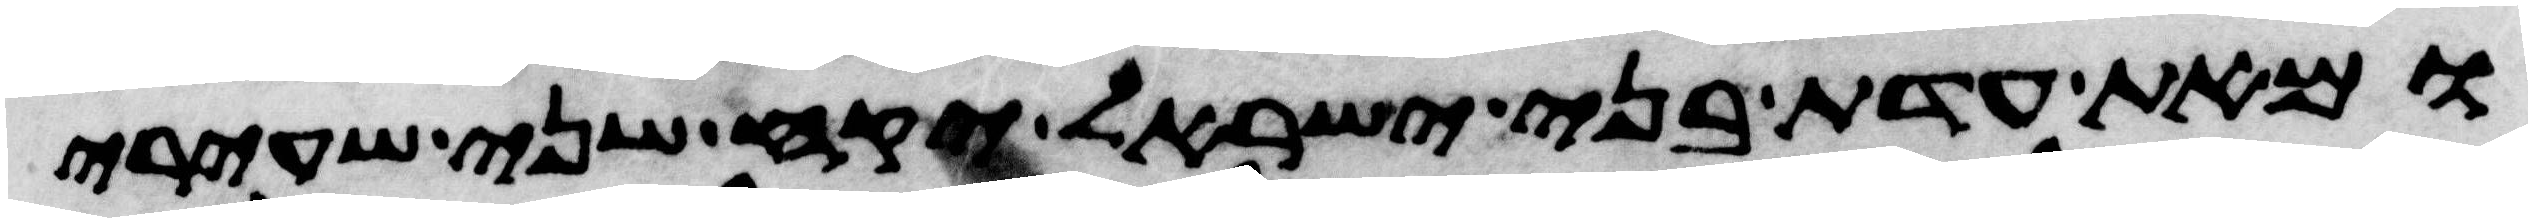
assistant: ומאת עדת בני ישראל יקח שני שעירי